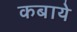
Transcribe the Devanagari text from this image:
कबाये